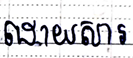
ដោយសារ